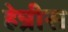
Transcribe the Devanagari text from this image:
हेन्रीस